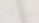
ستوكس